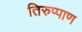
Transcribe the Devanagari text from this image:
तिरुप्पाण